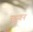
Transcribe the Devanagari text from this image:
कुट्टुवन